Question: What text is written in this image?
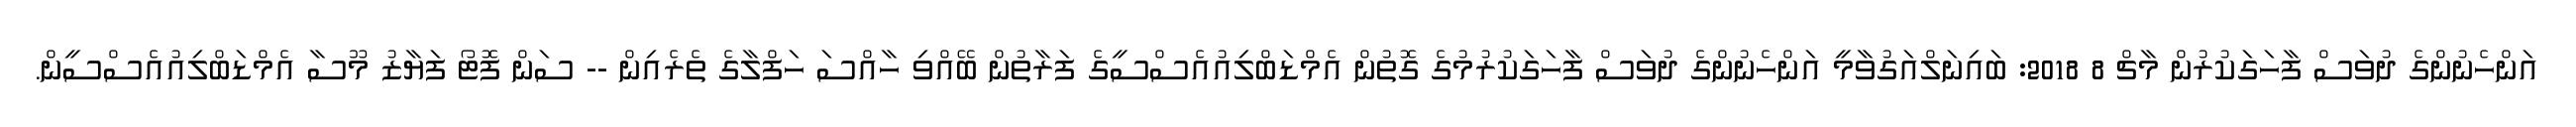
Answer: އަންހެނުންގެ ދުވަސް ފާހަގަކުރުން މާޗް 8 2018: ބައިނަލްއަގުވާމީ އަންހެނުންގެ ދުވަސް ފާހަގަކުރުމުގެ ގޮތުން އެމްޑަބްލިއުއެސްސީގެ ފަރާތުން ބޭއްވި ހާއްސަ ހަފްލާގެ ތެރެއިން -- ސަން ފޮޓޯ ފަޔާޒު މޫސާ އެމްޑަބްލިއުއެސްސީން.